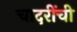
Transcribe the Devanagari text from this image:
चादरींची